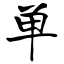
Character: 单